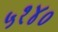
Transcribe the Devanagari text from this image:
५१४०